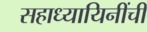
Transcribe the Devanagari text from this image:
सहाध्यायिनींची